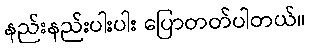
နည်းနည်းပါးပါး ပြောတတ်ပါတယ်။